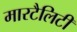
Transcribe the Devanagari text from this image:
मारटैलिटी